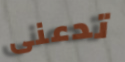
تدعنى